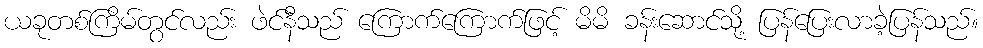
ယခုတစ်ကြိမ်တွင်လည်း ဖဲင်နီသည် ကြောက်ကြောက်ဖြင့် မိမိ ခန်းဆောင်သို့ ပြန်ပြေးလာခဲ့ပြန်သည်။